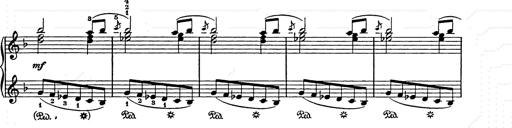
Title: Weihnachtsbaum
Composer: Franz Liszt